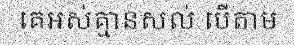
គេអស់គ្មានសល់ បើតាម